Lunatic asylums Central Provinces reports 1895-1909 - 1895-1909
Year: 1895
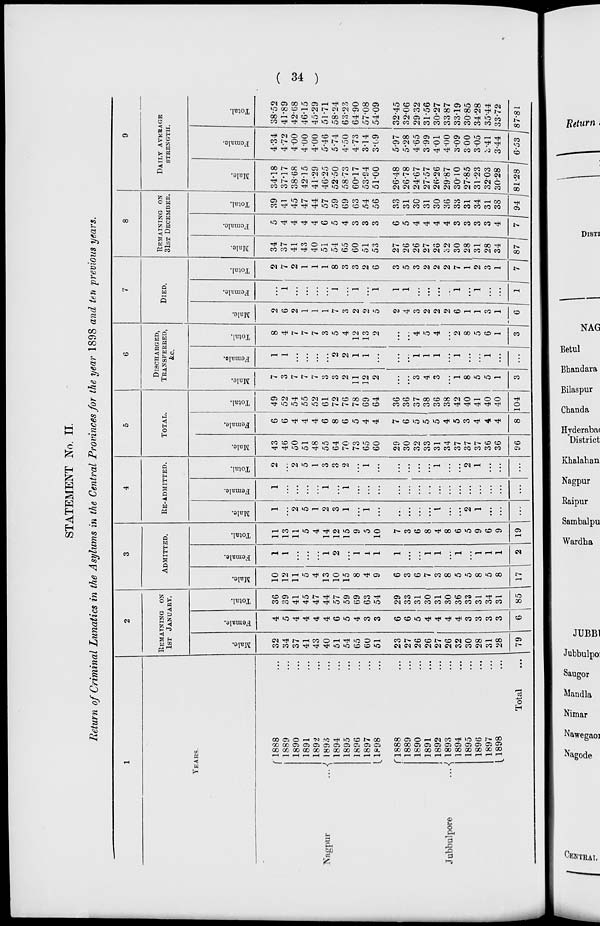
34
STATEMENT No. II.
Return of Criminal Lunatics in the Asylums in the Central Provinces for the year 1898 and ten previous years.
1
YEARS.
Nagpur
...
Jubbulpore
...
1888 ...
1889 ...
1890 ...
1891 ...
1892 ...
1893 ...
1894 ...
1895 ...
1896 ...
1897 ...
1898 ...
1888 ...
1889 ...
1890 ...
1891 ...
1892 ...
1893 ...
1894 ...
1895 ...
1896 ...
1897 ...
1898 ...
Total
2
REMAINING ON
1ST JANUARY.
Male.
32
34
37
41
43
40
51
54
65
60
51
23
27
26
26
27
26
32
30
28
31
28
79
Female.
4
5
4
4
4
4
6
5
4
3
3
6
6
5
4
4
4
4
3
3
3
3
6
Total.
36
39
41
45
47
44
57
59
69
63
54
29
33
31
30
31
30
36
33
31
34
31
85
3
ADMITTED.
Male.
10
12
11
5
4
13
10
15
8
4
9
6
3
6
7
3
8
5
5
8
5
8
17
Female.
1
1
...
...
...
1
2
...
1
1
1
1
...
...
1
1
...
1
...
1
1
1
2
Total.
11
13
11
5
4
14
12
15
9
5
10
7
3
6
8
4
8
6
5
9
6
9
19
4
RE-ADMITTED.
Male.
1
...
2
5
1
2
3
1
...
1
...
...
...
...
...
1
...
...
2
1
...
...
...
Female.
1
...
...
...
...
1
...
1
...
...
...
...
...
...
...
...
...
...
...
...
...
...
...
Total.
2
...
2
5
1
3
3
2
...
1
...
...
...
...
...
1
...
...
2
1
...
...
...
5
TOTAL.
Male.
43
46
50
51
48
55
64
70
73
65
60
29
30
32
33
31
34
37
37
37
36
36
96
Female.
6
6
4
4
4
6
8
6
5
4
4
7
6
5
5
5
4
5
3
4
4
4
8
Total.
49
52
54
55
52
61
72
76
78
69
64
36
36
37
38
36
38
42
40
41
40
40
104
6
DISCHARGED,
TRANSFERRED,
&c.
Male.
7
3
7
7
7
3
3
2
11
12
2
...
...
3
4
3
...
1
8
5
5
1
3
Female.
1
1
...
...
...
...
2
2
1
1
...
...
...
1
1
1
...
1
...
...
1
...
...
Total.
8
4
7
7
7
3
5
4
12
13
2
...
...
4
5
4
...
2
8
5
6
1
3
7
DIED.
Male.
2
6
2
1
1
1
7
3
2
2
5
2
4
3
2
2
2
6
1
1
3
1
6
Female.
...
1
...
...
...
...
1
...
1
...
1
1
1
...
...
...
...
1
...
1
...
...
1
Total.
2
7
2
1
1
1
8
3
3
2
6
3
5
3
2
2
2
7
1
2
3
1
7
8
REMAINING ON
31ST DECEMBER.
Male.
34
37
41
43
40
51
54
65
60
51
53
27
26
26
27
26
32
30
28
31
28
34
87
Female.
5
4
4
4
4
6
5
4
3
3
3
6
5
4
4
4
4
3
3
3
3
4
7
Total.
39
41
45
47
44
57
59
69
63
54
56
33
31
30
31
30
36
33
31
34
31
38
94
9
DAILY AVERAGE
STRENGTH.
Male.
34.18
37.17
38.68
42.15
41.29
46.25
52.50
58.73
60.17
53.94
51.00
26.48
26.78
24.67
27.57
26.26
29.87
30.10
27.85
31.23
32.03
30.28
81.28
Female.
4.34
4.72
4.00
4.00
4.00
5.46
5.74
4.50
4.73
3.14
3.09
5.97
5.28
4.65
3.99
4.01
4.00
3.09
3.00
3.05
3.41
3.44
6.53
Total.
38.52
41.89
42.68
46.15
45.29
51.71
58.24
63.23
64 90
57.08
54.09
32.45
32.06
29.32
31.56
30.27
33.87
33.19
30.85
34.28
35.44
33.72
87.81